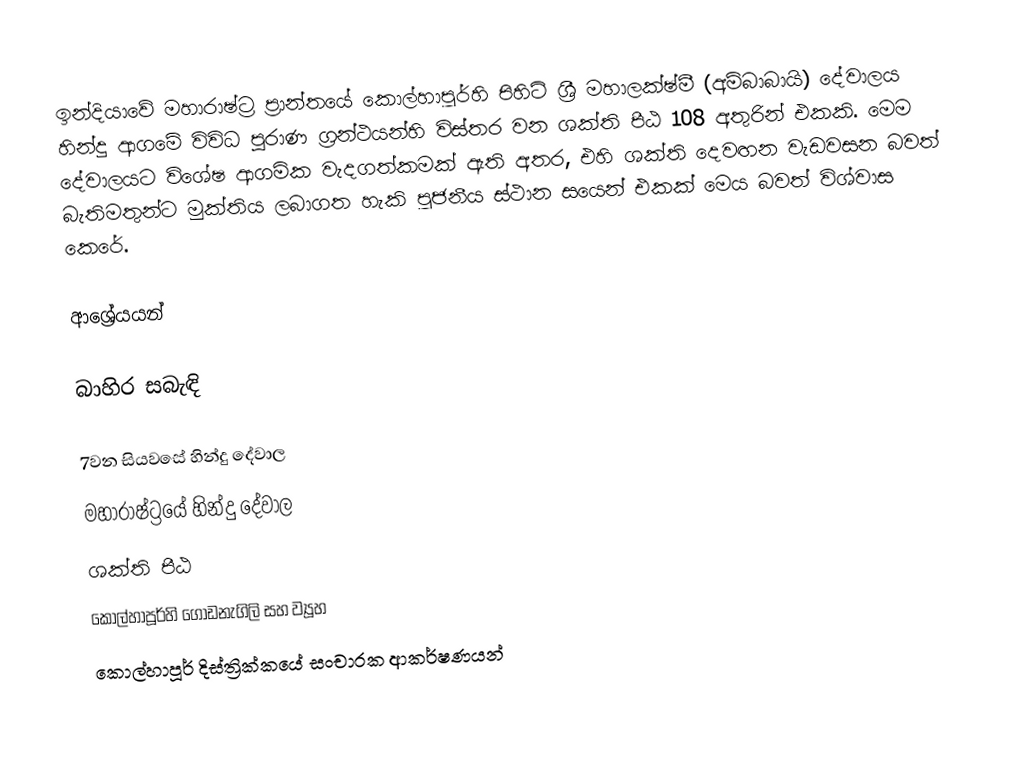
ඉන්දියාවේ මහාරාෂ්ට්‍ර ප්‍රාන්තයේ කොල්හාපූර්හි පිහිටි ශ්‍රී මහාලක්ෂ්මී (අම්බාබායි) දේවාලය හින්දු ආගමේ විවිධ පුරාණ ග්‍රන්ථයන්හි විස්තර වන ශක්ති පීඨ 108 අතුරින් එකකි. මෙම දේවාලයට විශේෂ ආගමික වැදගත්කමක් ඇති අතර, එහි ශක්ති දෙවඟන වැඩවසන බවත් බැතිමතුන්ට මුක්තිය ලබාගත හැකි පූජනීය ස්ථාන සයෙන් එකක් මෙය බවත් විශ්වාස කෙරේ.

ආශ්‍රේයයන්

බාහිර සබැඳි

7වන සියවසේ හින්දු දේවාල
මහාරාෂ්ට්‍රයේ හින්දු දේවාල
ශක්ති පීඨ
කොල්හාපූර්හි ගොඩනැගිලි සහ ව්‍යූහ
කොල්හාපූර් දිස්ත්‍රික්කයේ සංචාරක ආකර්ෂණයන්